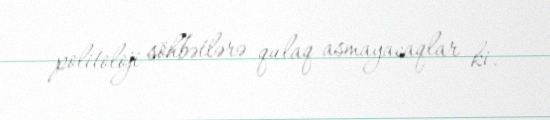
politoloji söhbətlərə qulaq asmayacaqlar ki.